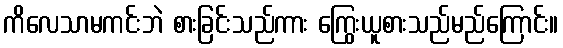
ကိလေသာမကင်းဘဲ စားခြင်းသည်ကား ကြွေးယူစားသည်မည်ကြောင်း။